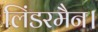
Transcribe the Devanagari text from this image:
लिंडरमैन।